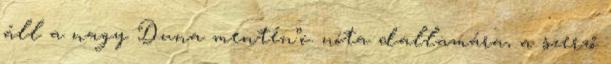
áll a nagy Duna mentén”c. nóta dallamára, a szerző